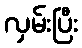
လှမ်းပြီး